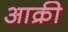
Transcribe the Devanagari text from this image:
आक्री